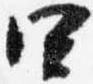
四